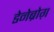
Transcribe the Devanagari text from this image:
डेनेब्रोग़